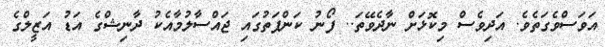
އަވަސްވެގަތެވެ. އަދިވެސް މިކޮޅަށް ނާދެވޭތަ.. ފޯނު ކަންފަތުގައި ޖައްސާލުމާއެކު ދާނިޝްގެ އަޑު އަޒީލްގެ